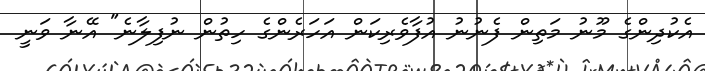
އެކުދިންގެ މޫނު މަތިން ފެނުނު އުފާވެރިކަން އަހަރެންގެ ހިތުން ނުފިލާނެ" އޭނާ ވަނީ